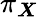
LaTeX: \pi_{\boldsymbol{X}}